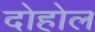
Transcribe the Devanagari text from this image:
दोहोल